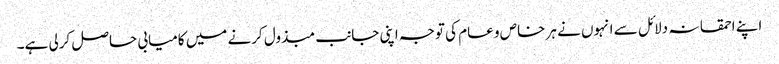
اپنے احمقانہ دلائل سے انہوں نے ہر خاص و عام کی توجہ اپنی جانب مبذول کرنے میں کامیابی حاصل کرلی ہے۔